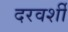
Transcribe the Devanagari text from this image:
दरवर्शी